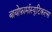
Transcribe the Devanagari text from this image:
बायोफ़ार्मास्युटिकल्स